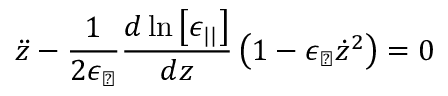
\ddot { z } - \frac { 1 } { 2 \epsilon _ { \perp } } \frac { d \ln \left[ \epsilon _ { | | } \right] } { d z } \left( 1 - \epsilon _ { \perp } \dot { z } ^ { 2 } \right) = 0